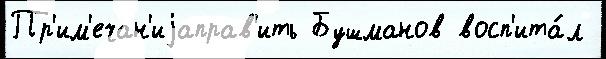
Пр'им'ечан'иjаправ'ить Бушманов восп'ита́л